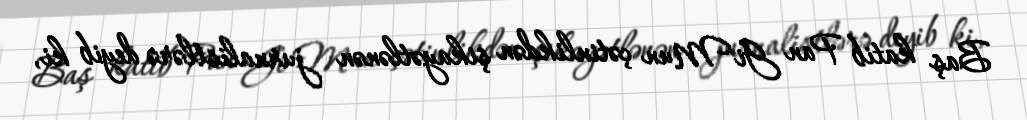
Baş katib Pan Gi Mun çətinlikdən şikayətlənən jurnalistlərə deyib ki,